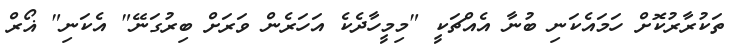
ތަކުރާރުކޮށް ހަމައެކަނި ބުނާ އެއްޗަކީ "މިމީހާދެކެ އަހަރެން ވަރަށް ބިރުގަނޭ" އެކަނި" ޣޯރް